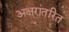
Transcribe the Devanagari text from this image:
अक्षरांतरित